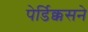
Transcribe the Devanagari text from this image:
पेर्डिक्कसने